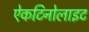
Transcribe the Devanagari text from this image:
ऐकटिनोलाइट